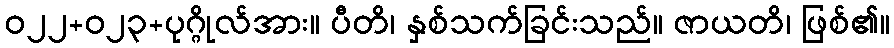
ဝ၂၂+၀၂၃+ပုဂ္ဂိုလ်အား။ ပီတိ၊ နှစ်သက်ခြင်းသည်။ ဇာယတိ၊ ဖြစ်၏။